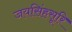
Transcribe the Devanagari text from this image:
जयसिंहसूरि